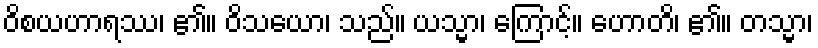
ဝိစယဟာရဿ၊ ၏။ ဝိသယော၊ သည်။ ယသ္မာ၊ ကြောင့်။ ဟောတိ၊ ၏။ တသ္မာ၊